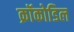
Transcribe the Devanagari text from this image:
क्रॉकोडिल